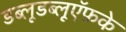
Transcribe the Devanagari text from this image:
डब्लूडब्लूऍफ़के